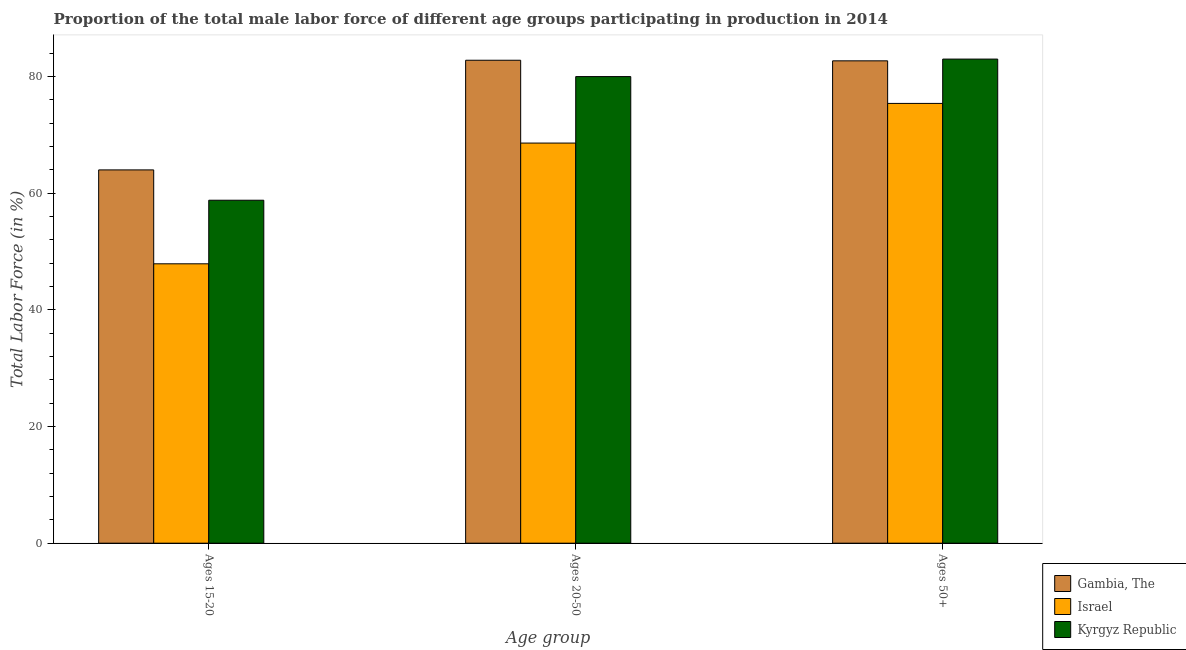
| Age group | Gambia, The | Israel | Kyrgyz Republic |
 | --- | --- | --- | --- |
 | Ages 15-20 | 64 | 47.9 | 58.8 |
 | Ages 20-50 | 82.8 | 68.6 | 80 |
 | Ages 50+ | 82.7 | 75.4 | 83 |